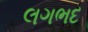
લગભદ